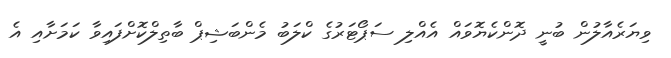
ވިޔަރެއާލުން ބުނީ ދޮންކެޔޮވައް އެއްލި ސަޕޯޓަރުގެ ކްލަބު މެންބަޝިޕް ބާތިލްކޮށްފައިވާ ކަމަށާއި އެ